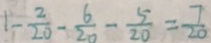
1 - \frac { 2 } { 2 0 } - \frac { 6 } { 2 0 } - \frac { 5 } { 2 0 } = \frac { 7 } { 2 0 }